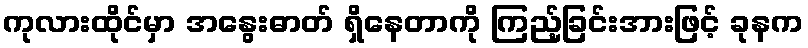
ကုလားထိုင်မှာ အနွေးဓာတ် ရှိနေတာကို ကြည့်ခြင်းအားဖြင့် ခုနက